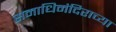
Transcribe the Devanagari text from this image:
समाधिमंदिराच्या